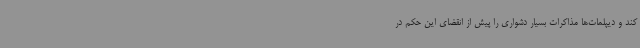
کند و دیپلمات‌ها مذاکرات بسیار دشواری را پیش از انقضای این حکم در